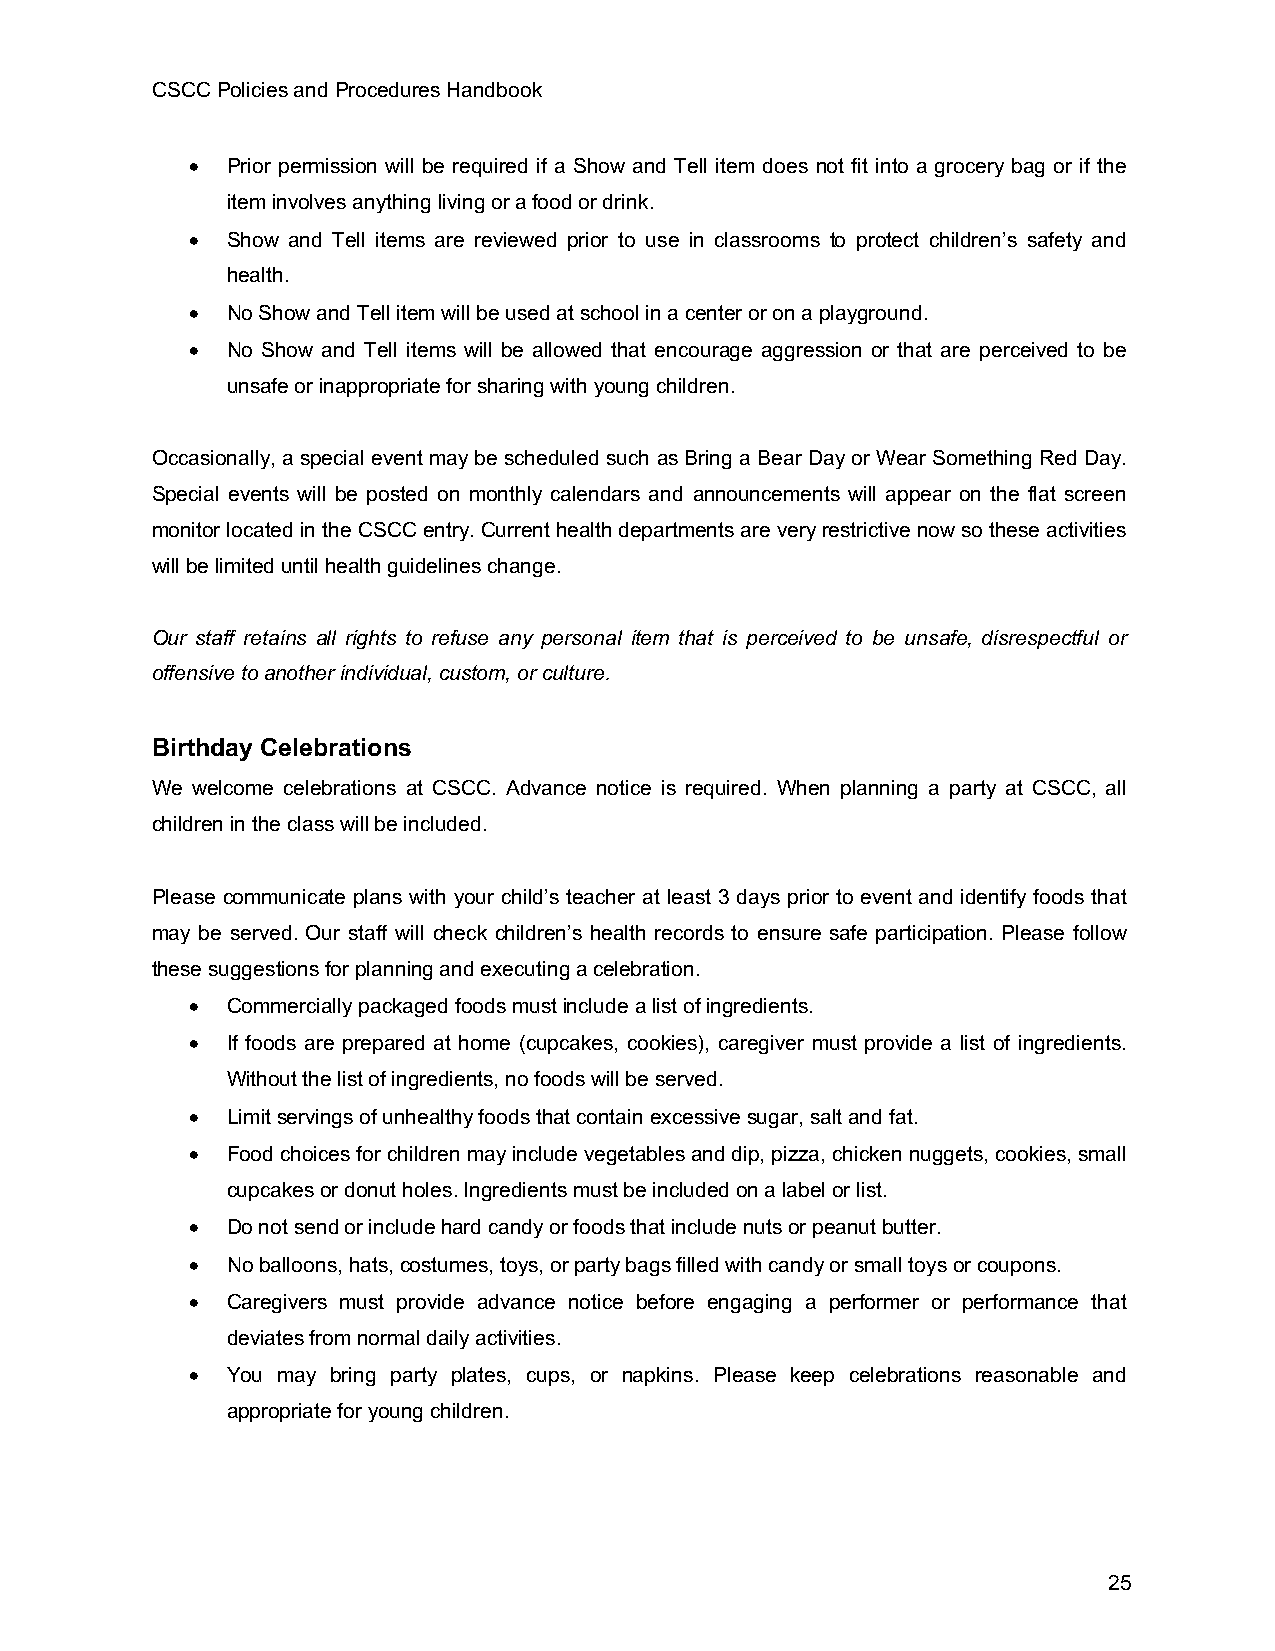
CSCC Policies and Procedures Handbook
 • Prior permission will be required if a Show and Tell item does not fit into a grocery bag or if the
 item involves anything living or a food or drink.
 • Show and Tell items are reviewed prior to use in classrooms to protect children’s safety and
 health.
 • No Show and Tell item will be used at school in a center or on a playground.
 • No Show and Tell items will be allowed that encourage aggression or that are perceived to be
 unsafe or inappropriate for sharing with young children.
 Occasionally, a special event may be scheduled such as Bring a Bear Day or Wear Something Red Day.
 Special events will be posted on monthly calendars and announcements will appear on the flat screen
 monitor located in the CSCC entry. Current health departments are very restrictive now so these activities
 will be limited until health guidelines change.
 Our staff retains all rights to refuse any personal item that is perceived to be unsafe, disrespectful or
 offensive to another individual, custom, or culture.
 Birthday Celebrations
 We welcome celebrations at CSCC. Advance notice is required. When planning a party at CSCC, all
 children in the class will be included.
 Please communicate plans with your child’s teacher at least 3 days prior to event and identify foods that
 may be served. Our staff will check children’s health records to ensure safe participation. Please follow
 these suggestions for planning and executing a celebration.
 • Commercially packaged foods must include a list of ingredients.
 • If foods are prepared at home (cupcakes, cookies), caregiver must provide a list of ingredients.
 Without the list of ingredients, no foods will be served.
 • Limit servings of unhealthy foods that contain excessive sugar, salt and fat.
 • Food choices for children may include vegetables and dip, pizza, chicken nuggets, cookies, small
 cupcakes or donut holes. Ingredients must be included on a label or list.
 • Do not send or include hard candy or foods that include nuts or peanut butter.
 • No balloons, hats, costumes, toys, or party bags filled with candy or small toys or coupons.
 • Caregivers must provide advance notice before engaging a performer or performance that
 deviates from normal daily activities.
 • You may bring party plates, cups, or napkins. Please keep celebrations reasonable and
 appropriate for young children.
 25